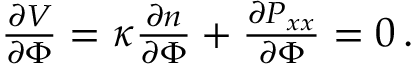
\begin{array} { r } { \frac { \partial V } { \partial \Phi } = \kappa \frac { \partial n } { \partial \Phi } + \frac { \partial P _ { x x } } { \partial \Phi } = 0 \, . } \end{array}